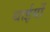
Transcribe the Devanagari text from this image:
थाईयों